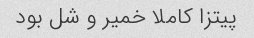
پیتزا کاملا خمیر و شل بود